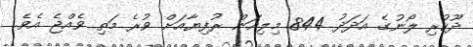
ދޫކުރި ލޯނުގެ އަދަދު 844 މިލިއަން ރުފިޔާއަށް ވުރެ މަތި ވެއްޖެ އެވެ.